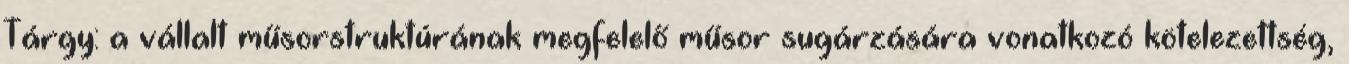
Tárgy: a vállalt műsorstruktúrának megfelelő műsor sugárzására vonatkozó kötelezettség,